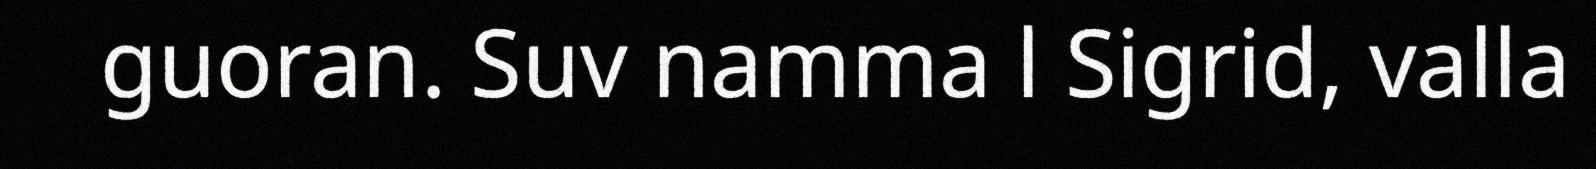
guoran. Suv namma l Sigrid, valla